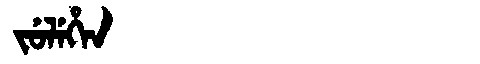
Manchu: ᠵᡠᠯᡝᡥᡝᠨ
Romanization: JULEHEN